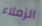
الزملاء